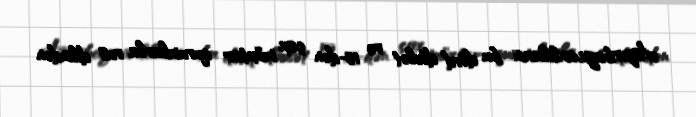
Azərbaycanlıların bu dörd dövlət və 15-dən çox müxtar qurumlarla rus dilindən